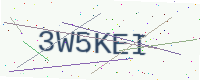
Text: 3W5KEI